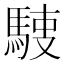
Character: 𩣬